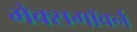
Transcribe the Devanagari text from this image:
मेक्सगॉवर्न